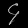
Digit: ၄